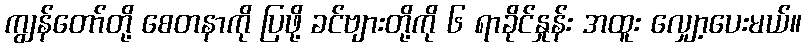
ကျွန်တော်တို့ စေတနာကို ပြဖို့ ခင်ဗျားတို့ကို ၆ ရာခိုင်နှုန်း အထူး လျှော့ပေးမယ်။